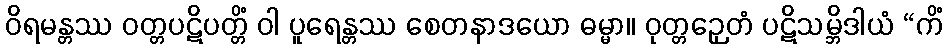
ဝိရမန္တဿ ဝတ္တပဋိပတ္တိံ ဝါ ပူရေန္တဿ စေတနာဒယော ဓမ္မာ။ ဝုတ္တဉှေတံ ပဋိသမ္ဘိဒါယံ “ကိံ